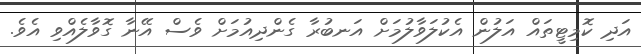
އަދި ކޮމިޓީތައް އަލުން އެކުލަވާލުމަށް އަނބުރާ ގެންދިއުމަށް ވެސް އޭނާ ގޮވާލެއްވި އެވެ.